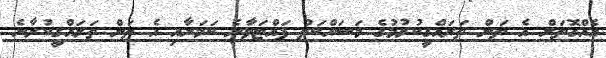
އެއްގޮތަށް އެ ތަން ތަރައްގީކުރުމުގެ މަސައްކަތް ފައްޓަވާނެ ކަމަށާއި އެ ތަން ތަރައްގީކުރާނެ